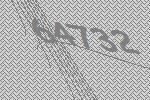
64732